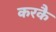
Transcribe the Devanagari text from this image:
करकै